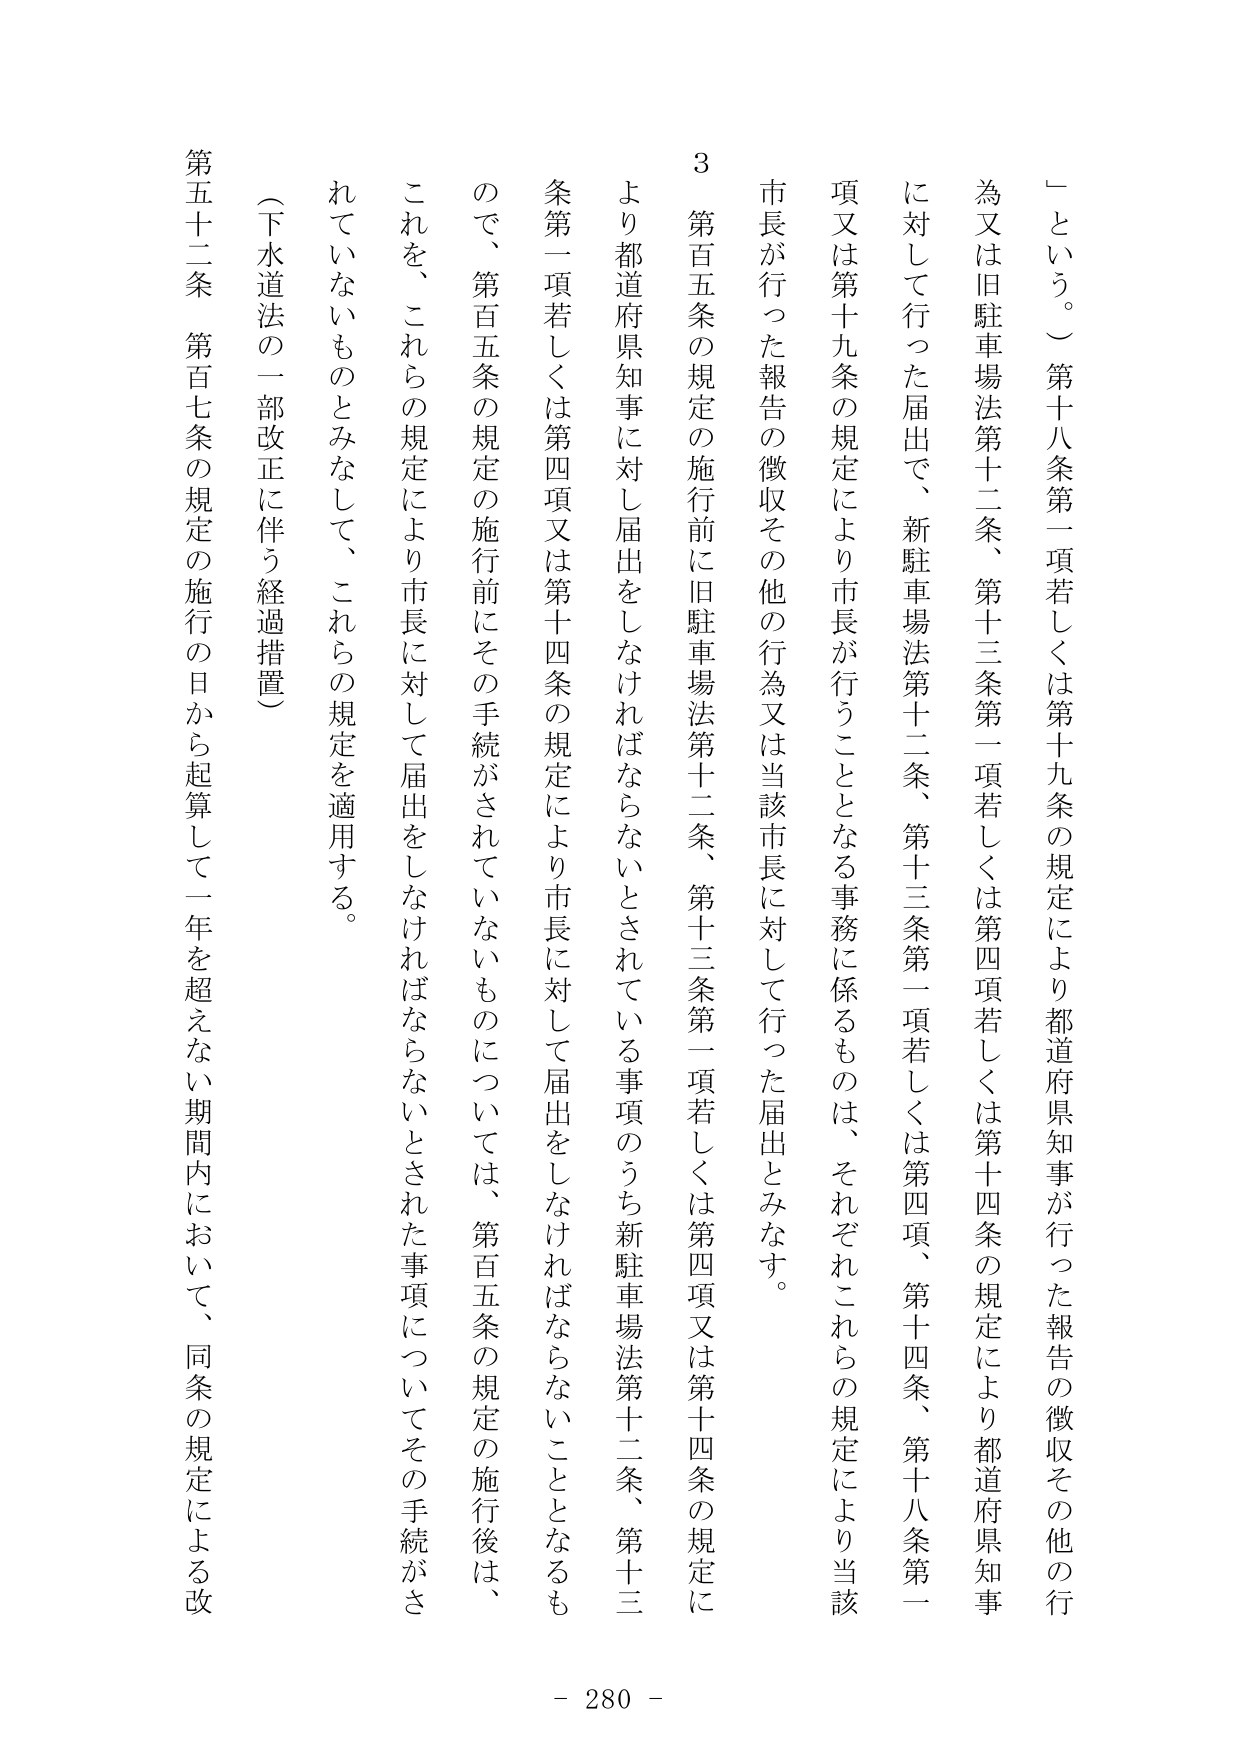
「という。」第十八条第一項若しくは第十九条の規定により都道府県知事が行った報告の徴収その他の行為又は旧駐車場法第十二条、第十三条第一項若しくは第十四条の規定により都道府県知事に対して行った届出で、新駐車場法第十二条、第十三条第一項若しくは第四項、第十四条、第十八条第一項又は第十九条の規定により市長が行うこととなる事務に係るものは、それぞれこれらの規定により当該市長が行った報告の徴収その他の行為又は当該市長に対して行った届出とみなす。

3 第百五条の規定の施行前に旧駐車場法第十二条、第十三条第一項若しくは第四項又は第十四条の規定により都道府県知事に対し届出をしなければならないとされている事項のうち新駐車場法第十二条、第十三条第一項若しくは第四項又は第十四条の規定により市長に対して届出をしなければならないこととなるもので、第百五条の規定の施行前にその手続がされていないものについては、第百五条の規定の施行後は、これを、これらの規定により市長に対して届出をしなければならないとされた事項についてその手続がされていないものとみなして、これらの規定を適用する。

（下水道法の一部改正に伴う経過措置）

第五十二条 第百七条の規定の施行の日から起算して一年を超えない期間内において、同条の規定による改

- 280 -